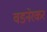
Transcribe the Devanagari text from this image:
वडनेरकर